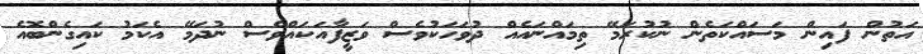
އަތުން ފައިން މަސައްކަތެން ނުކުރަމޭ ތިމައްނައެއް ދުވަހަކުވެސް ވަޒީފާއަކައްވެސް ނުދަމޭ އެކަމު ކައިގެންބޮއެ